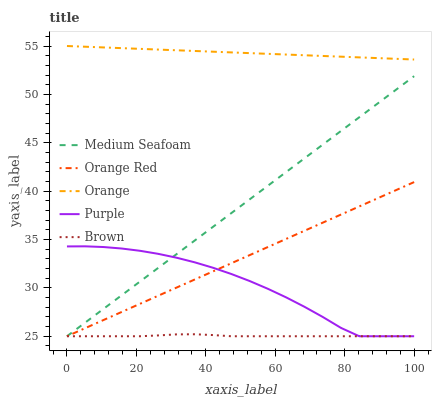
| xaxis_label | Medium Seafoam | Orange Red | Orange | Purple | Brown |
 | --- | --- | --- | --- | --- | --- |
 | 0 | 25 | 25 | 55 | 34.3 | 25 |
 | 5.26 | 26.4 | 25.8 | 54.9 | 34.3 | 25 |
 | 10.5 | 27.8 | 26.7 | 54.9 | 34.2 | 25 |
 | 15.8 | 29.2 | 27.5 | 54.8 | 34.1 | 25 |
 | 21.1 | 30.7 | 28.4 | 54.7 | 33.8 | 25 |
 | 26.3 | 32.1 | 29.2 | 54.6 | 33.5 | 25.1 |
 | 31.6 | 33.5 | 30 | 54.6 | 33.1 | 25.2 |
 | 36.8 | 34.9 | 30.9 | 54.5 | 32.6 | 25.2 |
 | 42.1 | 36.3 | 31.7 | 54.4 | 32.1 | 25.1 |
 | 47.4 | 37.7 | 32.5 | 54.3 | 31.4 | 25 |
 | 52.6 | 39.1 | 33.4 | 54.3 | 30.7 | 25 |
 | 57.9 | 40.6 | 34.2 | 54.2 | 29.9 | 25 |
 | 63.2 | 42 | 35.1 | 54.1 | 29 | 25 |
 | 68.4 | 43.4 | 35.9 | 54 | 28 | 25 |
 | 73.7 | 44.8 | 36.7 | 54 | 27 | 25 |
 | 78.9 | 46.2 | 37.6 | 53.9 | 25.9 | 25 |
 | 84.2 | 47.6 | 38.4 | 53.8 | 25 | 25 |
 | 89.5 | 49.1 | 39.3 | 53.8 | 25 | 25 |
 | 94.7 | 50.5 | 40.1 | 53.7 | 25 | 25 |
 | 100 | 51.9 | 40.9 | 53.6 | 25 | 25 |